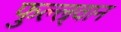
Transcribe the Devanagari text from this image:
फुल्ल्र्वान